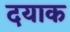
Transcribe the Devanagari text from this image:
दयाक